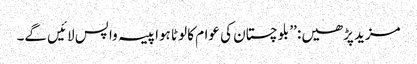
مزید پڑھیں: ’’ بلوچستان کی عوام کا لوٹا ہوا پیسہ واپس لائیں گے۔